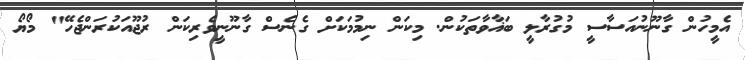
އެމީހުން ގާނޫނުއަސާސީ މުގުރާލީ ބަޣާވާތަކުން. މިކަން ނިމުމަކަށް ގެނެސް ގާނޫނީވެރިކަން ރުޖޫއަކުރަންޖެހޭ" މޯޔޯ